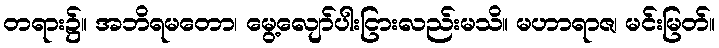
တရား၌။ အဘိရမတော၊ မွေ့လျော်ပါးငြားလည်းမသိ။ မဟာရာဇ၊ မင်းမြတ်။